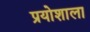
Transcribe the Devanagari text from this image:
प्रयोशाला